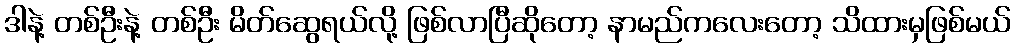
ဒါနဲ့ တစ်ဦးနဲ့ တစ်ဦး မိတ်ဆွေရယ်လို့ ဖြစ်လာပြီဆိုတော့ နာမည်ကလေးတော့ သိထားမှဖြစ်မယ်